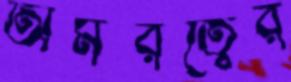
অমরত্বের